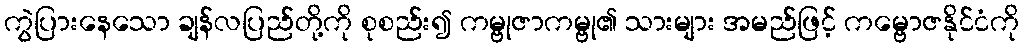
ကွဲပြားနေသော ချန်လပြည်တို့ကို စုစည်း၍ ကမ္ဗုဇာကမ္ဗု၏ သားများ အမည်ဖြင့် ကမ္ဗောဇနိုင်ငံကို